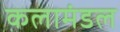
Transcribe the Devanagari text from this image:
कलामंडल